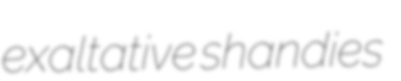
exaltative shandies